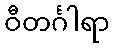
ဝီတင်္ဂါရာ